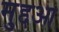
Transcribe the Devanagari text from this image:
मुद्दआ